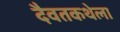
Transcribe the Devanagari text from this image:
दैवतकथेला